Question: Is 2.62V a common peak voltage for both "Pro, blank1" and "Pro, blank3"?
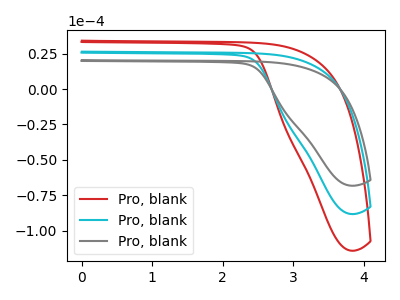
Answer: <think>The red curve "Pro, blank1" has no peaks. The cyan curve "Pro, blank2" has no peaks. The gray curve "Pro, blank3" has no peaks.</think>
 <answer>No, "Pro, blank1" and "Pro, blank3" dont share a peak at 2.62V.</answer>
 <eval>mismatch</eval>